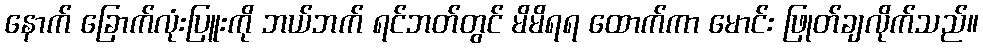
နောက် ခြောက်လုံးပြူးကို ဘယ်ဘက် ရင်ဘတ်တွင် မိမိရရ ထောက်ကာ မောင်း ဖြုတ်ချလိုက်သည်။